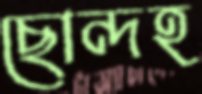
ছোন্দহ